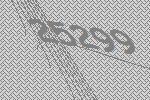
25299